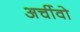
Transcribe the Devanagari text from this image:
अर्चीवो